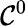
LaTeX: \mathcal{C}^{0}